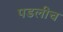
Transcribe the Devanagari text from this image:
पडलीच